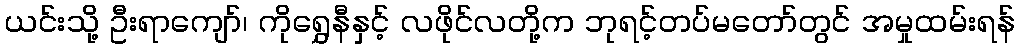
ယင်းသို့ ဦးရာကျော်၊ ကိုရွှေနီနှင့် လဖိုင်လတို့က ဘုရင့်တပ်မတော်တွင် အမှုထမ်းရန်